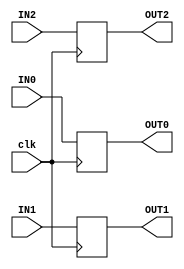
// This program was cloned from: https://github.com/lnis-uofu/OpenFPGA
// License: MIT License


module routing_test(IN0,IN1,IN2, clk, OUT0,OUT1,OUT2);

input wire IN0,IN1,IN2,clk;

output reg OUT0, OUT1, OUT2;

always @(posedge clk)
	begin

		OUT0  <=  IN0;
		OUT1  <=  IN1;
		OUT2  <=  IN2;

	end



endmodule